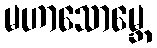
မဟာသောမ္ဘေ